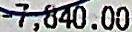
-7,840.00